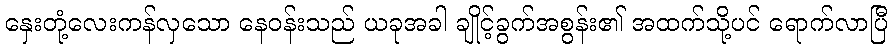
နှေးတုံ့လေးကန်လှသော နေဝန်းသည် ယခုအခါ ချိုင့်ခွက်အစွန်း၏ အထက်သို့ပင် ရောက်လာပြီ